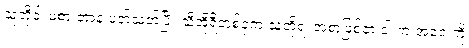
သူတို့ဝါးမစားတာနဲ့ ပတ်သတ်ပြီး သီအိုရီတစ်ခုက သူတို့ရဲ့ အစာဖြစ်တဲ့ ငါးက အဝေးကို